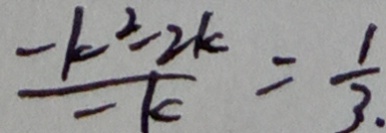
\frac { - k ^ { 2 } - 2 k } { - k } = \frac { 1 } { 3 } .